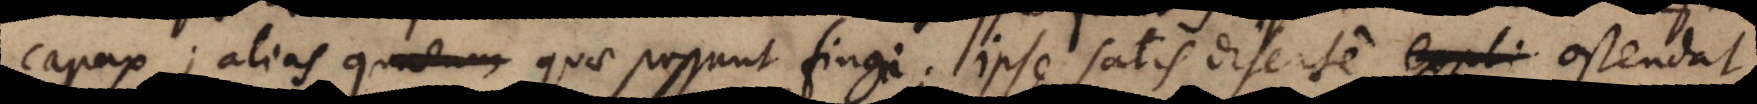
capax; alias quae possunt fingi; ipse satis diserte expli ostendat